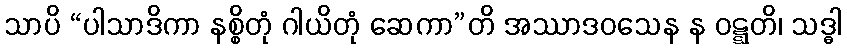
သာပိ “ပါသာဒိကာ နစ္စိတုံ ဂါယိတုံ ဆေကာ”တိ အဿာဒဝသေန န ဝဋ္ဋတိ၊ သဒ္ဓါ